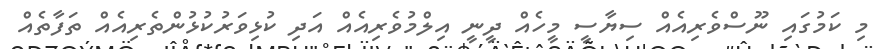
މި ކަމުގައި ނޫސްވެރިއެއް ސިޔާސީ މީހެއް ދީނީ އިލްމުވެރިއެއް އަދި ކުޅިވަރުކުޅުންތެރިއެއް ތަފާތެއް